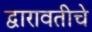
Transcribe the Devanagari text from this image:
द्वारावतीचे